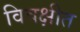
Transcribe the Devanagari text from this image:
विवक्षीत